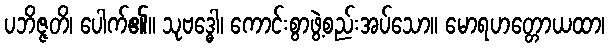
ပဘိဇ္ဇတိ၊ ပေါက်၏။ သုဗဒ္ဓေါ၊ ကောင်းစွာဖွဲ့စည်းအပ်သော။ မောရဟတ္တောယထာ၊